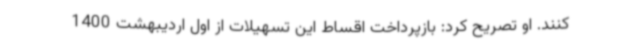
کنند. او تصریح کرد: بازپرداخت اقساط این تسهیلات از اول اردیبهشت 1400